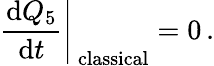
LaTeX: \left.\frac{\mathrm{d}Q_{5}}{\mathrm{d}t}\right|_{\mathrm{\, classical}}=0\, .